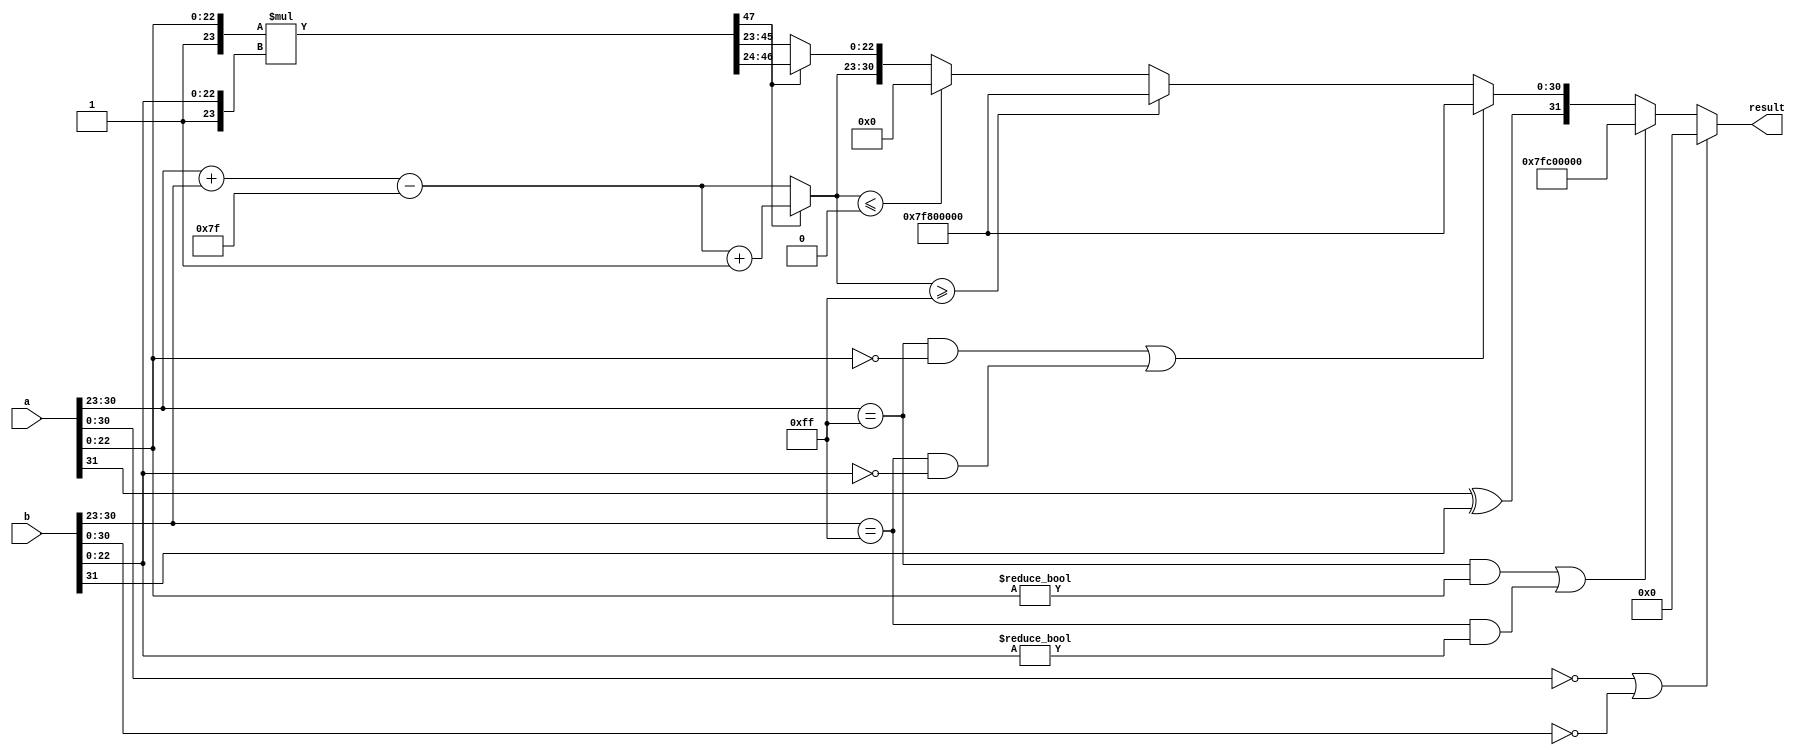
module fp_multiplier (
    input [31:0] a, // First floating-point input
    input [31:0] b, // Second floating-point input
    output reg [31:0] result // Output floating-point result
);

    // Constants for single-precision
    localparam EXPONENT_BIAS = 8'd127;
    localparam MANTISSA_WIDTH = 23;
    
    // Extract components from inputs
    wire sign_a = a[31];
    wire sign_b = b[31];
    wire [7:0] exp_a = a[30:23];
    wire [7:0] exp_b = b[30:23];
    wire [23:0] mant_a = {1'b1, a[22:0]}; // Implicit leading 1 for normalized numbers
    wire [23:0] mant_b = {1'b1, b[22:0]}; // Implicit leading 1 for normalized numbers

    // Intermediate signals
    wire [7:0] exp_sum;
    wire [47:0] mant_product;
    wire [23:0] mant_normalized;
    wire [7:0] exp_final;
    wire sign_result;

    // Handle special cases
    wire is_zero_a = (a[30:0] == 31'b0);
    wire is_zero_b = (b[30:0] == 31'b0);
    wire is_nan_a = (a[30:23] == 8'hFF) && (a[22:0] != 23'b0);
    wire is_nan_b = (b[30:23] == 8'hFF) && (b[22:0] != 23'b0);
    wire is_inf_a = (a[30:23] == 8'hFF) && (a[22:0] == 23'b0);
    wire is_inf_b = (b[30:23] == 8'hFF) && (b[22:0] == 23'b0);

    // Output for zero inputs
    always @(*) begin
        if (is_zero_a || is_zero_b) begin
            result = 32'b0; // Result is zero
        end else if (is_nan_a || is_nan_b) begin
            result = 32'h7FC00000; // Result is NaN
        end else if (is_inf_a || is_inf_b) begin
            result = {sign_a ^ sign_b, 8'hFF, 23'b0}; // Result is infinity
        end else begin
            // Calculate sign
            sign_result = sign_a ^ sign_b;

            // Calculate exponent
            exp_sum = exp_a + exp_b - EXPONENT_BIAS;

            // Calculate mantissa
            mant_product = mant_a * mant_b;

            // Normalize mantissa
            if (mant_product[47]) begin
                mant_normalized = mant_product[46:24]; // Shift right
                exp_final = exp_sum + 1; // Increment exponent
            end else begin
                mant_normalized = mant_product[45:23]; // Keep as is
                exp_final = exp_sum; // Keep exponent as is
            end

            // Handle exponent overflow
            if (exp_final >= 8'hFF) begin
                result = {sign_result, 8'hFF, 23'b0}; // Result is infinity
            end else if (exp_final <= 8'h00) begin
                result = {sign_result, 8'h00, 23'b0}; // Result is zero
            end else begin
                result = {sign_result, exp_final, mant_normalized[22:0]}; // Combine result
            end
        end
    end

endmodule